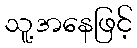
သူ့အနေဖြင့်